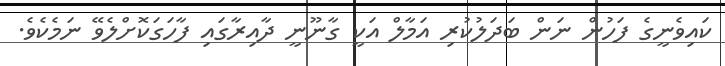
ކައިވެނީގެ ފަހުން ނަން ބަދަލުކުރި އަމާލް އަކީ ގާނޫނީ ދާއިރާގައި ފާހަގަކޮށްލެވޭ ނަމެކެވެ.